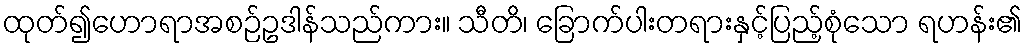
ထုတ်၍ဟောရာအစဉ်ဥဒါန်သည်ကား။ သီတိ၊ ခြောက်ပါးတရားနှင့်ပြည့်စုံသော ရဟန်း၏